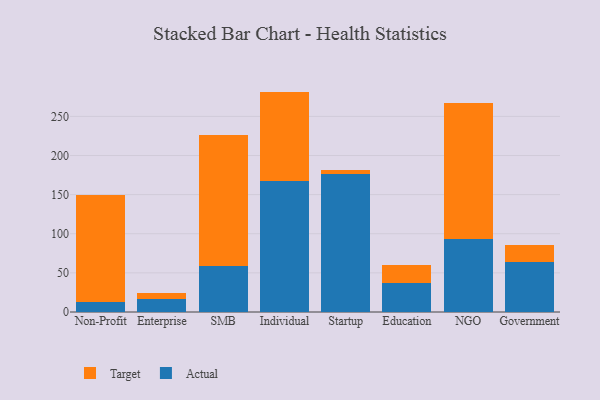
{"axis": {"x": "Segment", "y": "Shipments"}, "legend": ["Actual", "Target"], "data": [{"x": "Non-Profit", "y": 12.6, "type": "Actual"}, {"x": "Non-Profit", "y": 136.6, "type": "Target"}, {"x": "Enterprise", "y": 16.6, "type": "Actual"}, {"x": "Enterprise", "y": 7.1, "type": "Target"}, {"x": "SMB", "y": 59.3, "type": "Actual"}, {"x": "SMB", "y": 166.3, "type": "Target"}, {"x": "Individual", "y": 167.4, "type": "Actual"}, {"x": "Individual", "y": 114.3, "type": "Target"}, {"x": "Startup", "y": 176.8, "type": "Actual"}, {"x": "Startup", "y": 5.1, "type": "Target"}, {"x": "Education", "y": 36.7, "type": "Actual"}, {"x": "Education", "y": 23.8, "type": "Target"}, {"x": "NGO", "y": 92.8, "type": "Actual"}, {"x": "NGO", "y": 174.3, "type": "Target"}, {"x": "Government", "y": 63.9, "type": "Actual"}, {"x": "Government", "y": 21.4, "type": "Target"}]}